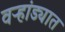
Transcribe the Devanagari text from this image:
वऱ्हांड्यात